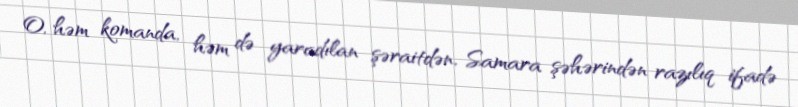
O, həm komanda, həm də yaradılan şəraitdən, Samara şəhərindən razılıq ifadə